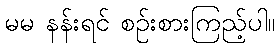
မမ နန်းရင် စဉ်းစားကြည့်ပါ။